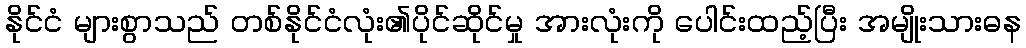
နိုင်ငံ များစွာသည် တစ်နိုင်ငံလုံး၏ပိုင်ဆိုင်မှု အားလုံးကို ပေါင်းထည့်ပြီး အမျိုးသားဓန